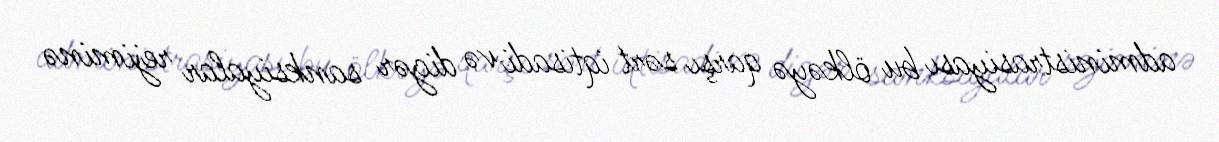
administrasiyası bu ölkəyə qarşı sərt iqtisadi və digər sanksiyalar rejiminə